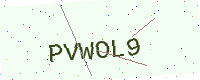
Text: PVWOL9